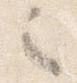
之